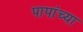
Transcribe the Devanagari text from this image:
पापांच्‍या